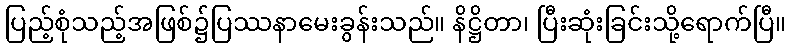
ပြည့်စုံသည့်အဖြစ်၌ပြဿနာမေးခွန်းသည်။ နိဋ္ဌိတာ၊ ပြီးဆုံးခြင်းသို့ရောက်ပြီ။